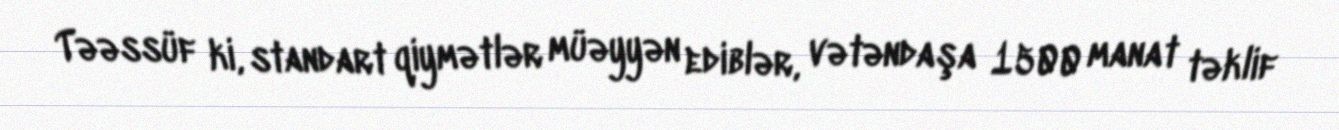
Təəssüf ki, standart qiymətlər müəyyən ediblər, vətəndaşa 1500 manat təklif